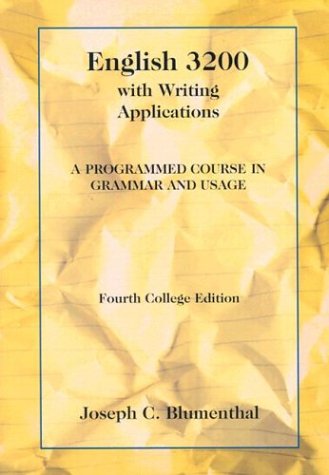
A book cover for English 3200 with Writing Applications: A Programmed Course in Grammar and Usage (College Series); Joseph C. Blumenthal; Politics & Social Sciences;